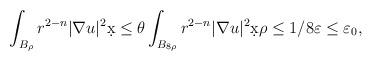
LaTeX: \begin{align*}\int_{B_{\rho}} r^{2-n} |\nabla u|^2 \d x &\leq \theta \int_{B_{8\rho}} r^{2-n} |\nabla u|^2 \d x \rho \leq 1/8 \varepsilon \leq \varepsilon_0,\end{align*}